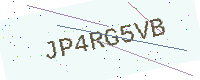
Text: JP4RG5VB